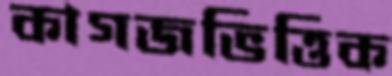
কাগজভিত্তিক